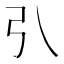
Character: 𢎡